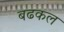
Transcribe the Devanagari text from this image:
बढकल